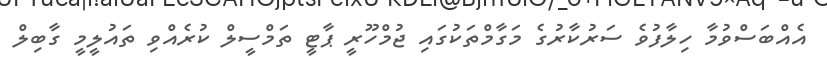
އެއްބަސްވުމާ ހިލާފުވެ ސަރުކާރުގެ މަގާމްތަކުގައި ޖުމްހޫރީ ޕާޓީ ތަމްސީލް ކުރެއްވި ތައުލީމީ ގާބިލް